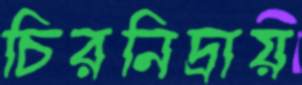
চিরনিদ্রায়